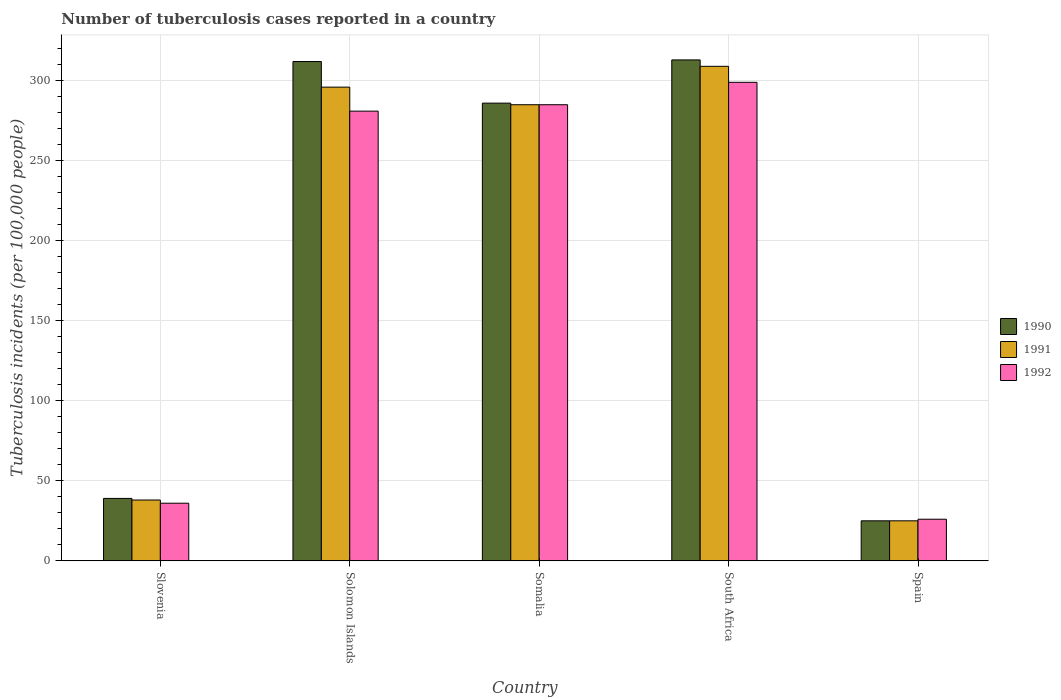
| Country | 1990 | 1991 | 1992 |
 | --- | --- | --- | --- |
 | Slovenia | 39 | 38 | 36 |
 | Solomon Islands | 312 | 296 | 281 |
 | Somalia | 286 | 285 | 285 |
 | South Africa | 313 | 309 | 299 |
 | Spain | 25 | 25 | 26 |